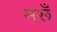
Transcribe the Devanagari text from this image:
मरूँ